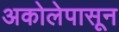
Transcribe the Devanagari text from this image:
अकोलेपासून